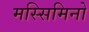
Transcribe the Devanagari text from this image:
मस्सिमिनो